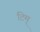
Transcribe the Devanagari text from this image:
टिम्